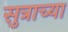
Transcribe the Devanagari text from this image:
सुत्राच्या